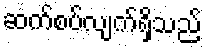
ဆက်စပ်လျက်ရှိသည်